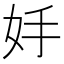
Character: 𡛊